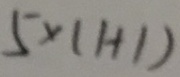
5 \times ( 1 + 1 )